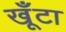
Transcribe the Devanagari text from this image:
खूँटा